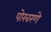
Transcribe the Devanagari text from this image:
पोखरणे